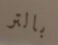
بالتر